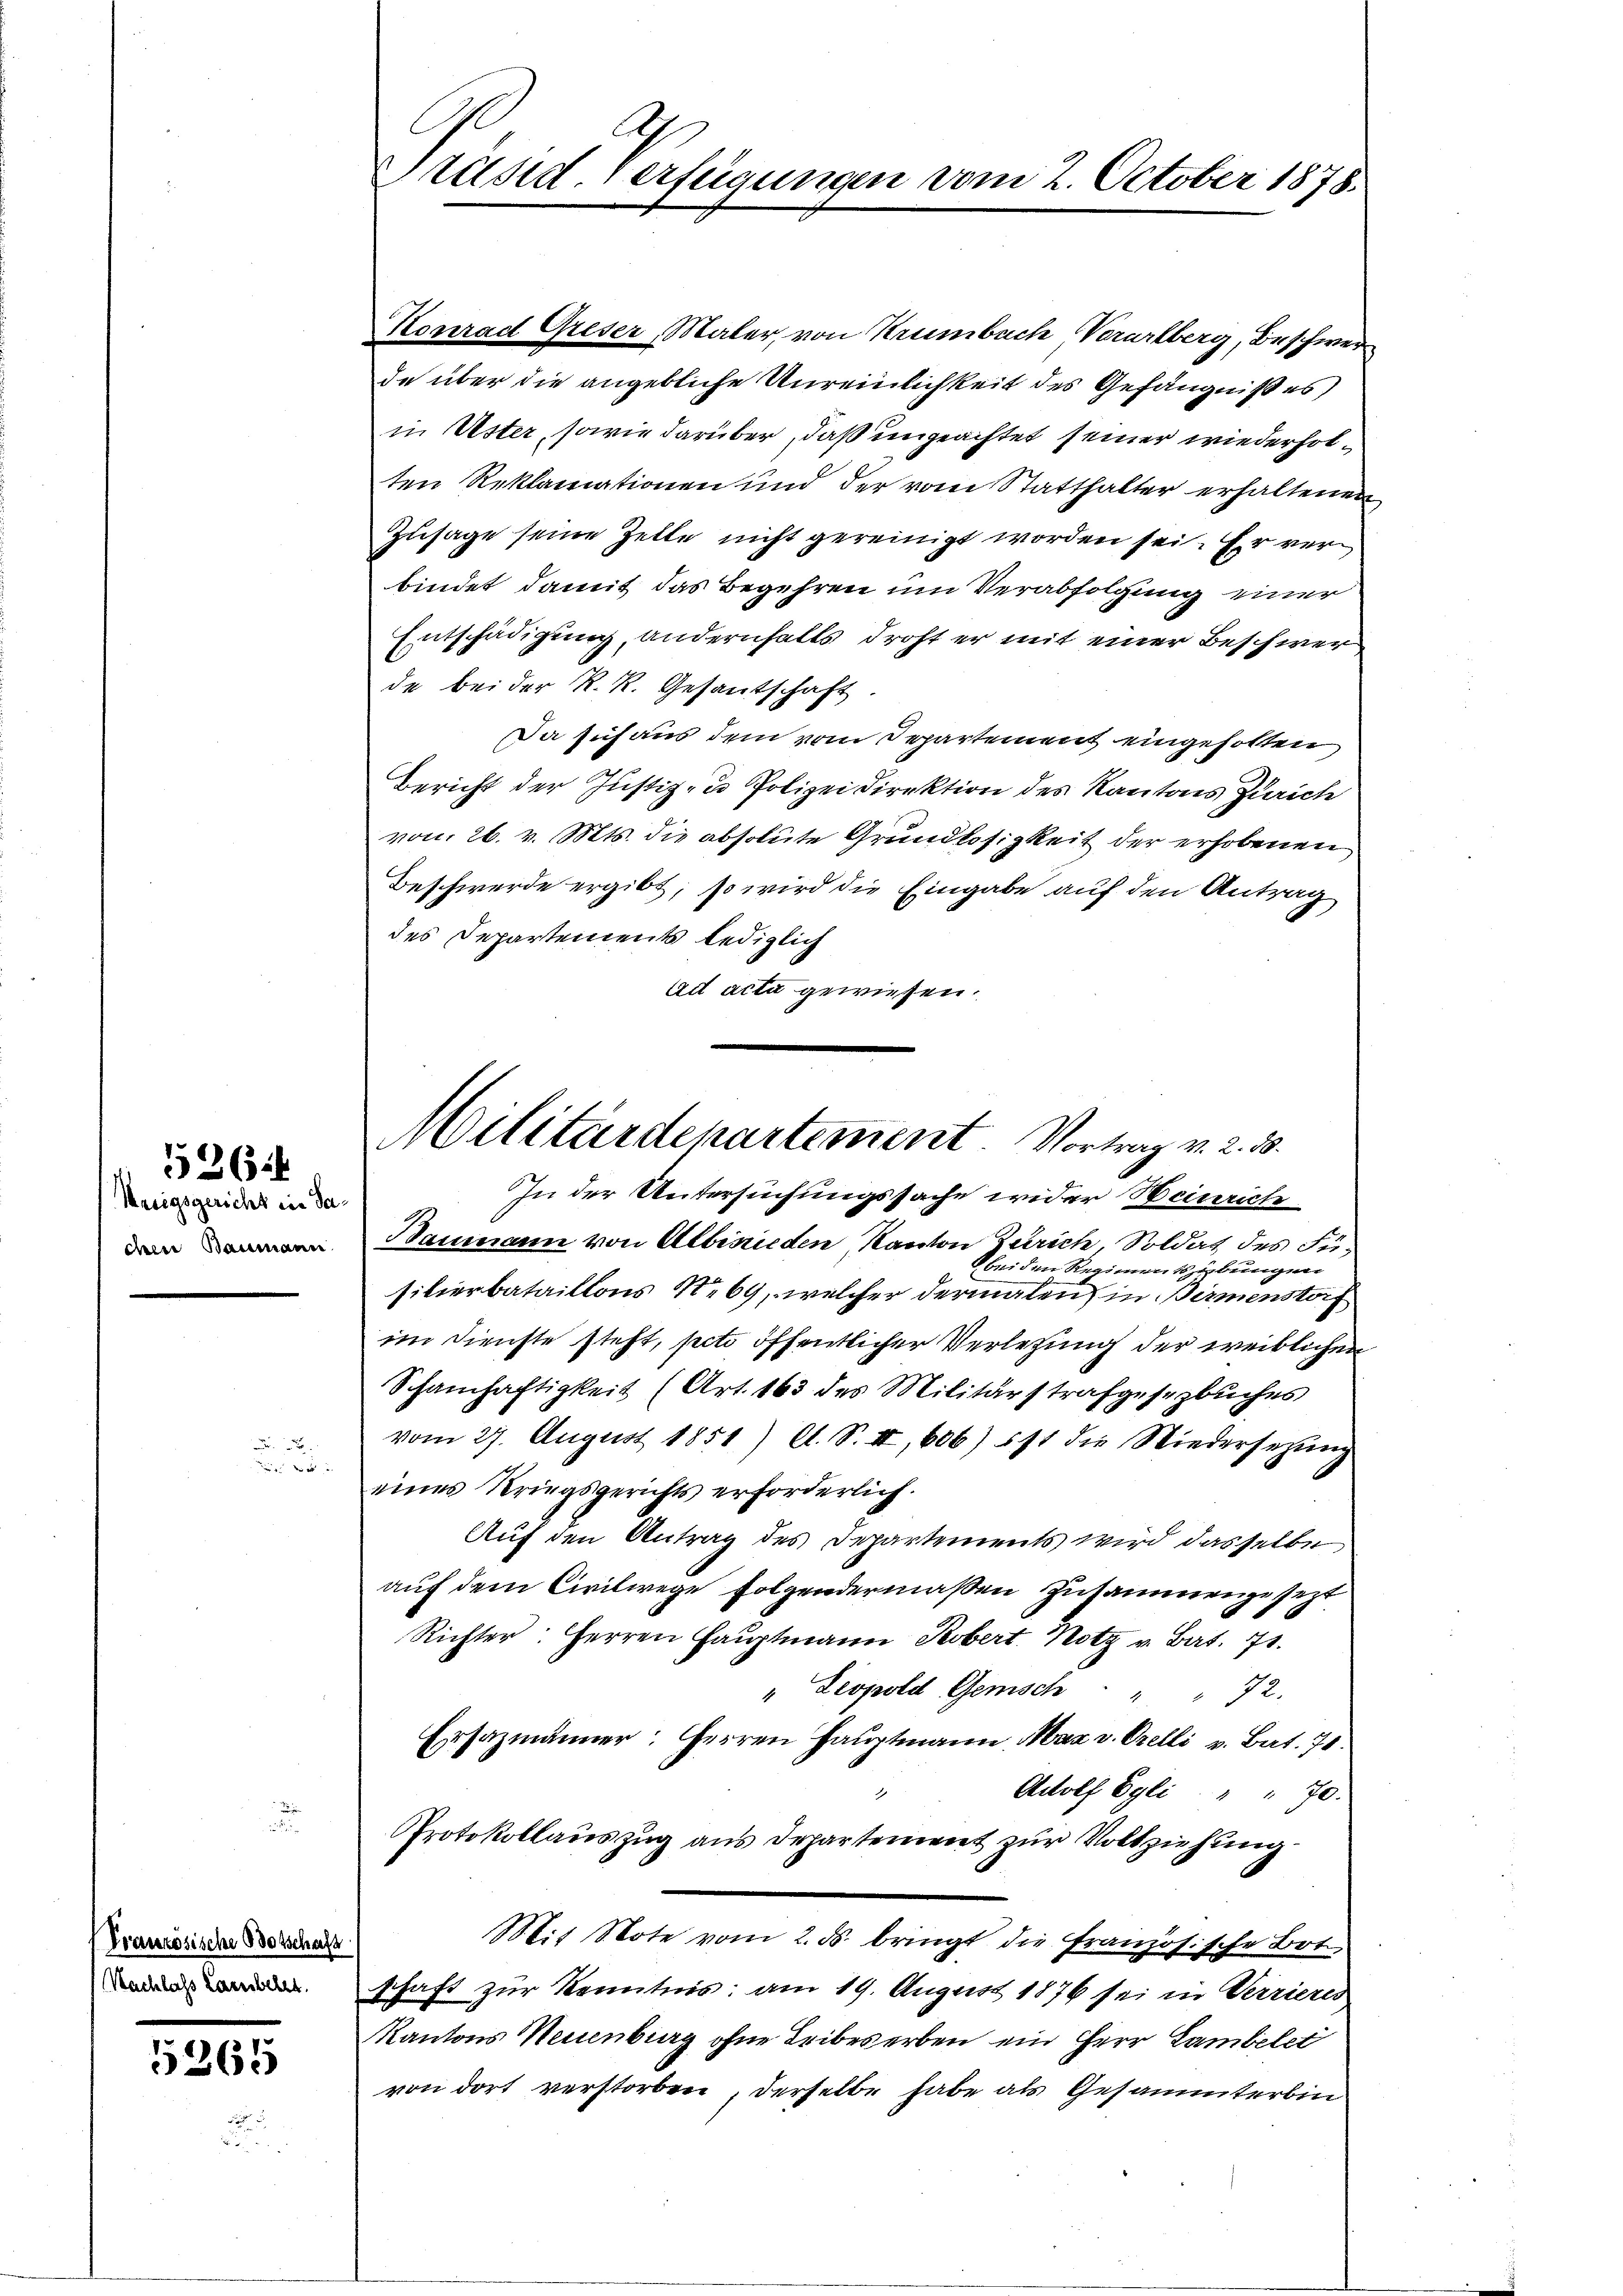
Meigsgericht in dadem Baumann

526

Pranzösische Botschaft
Nachlass Lausbelet.

5265

A
Präsid. Verfügungen vom 2. October 1878.

Konrad Greser, Maler, von Krumbuch Vorarlberg, Beschwer
de über die angebliche Unreinlichkeit des Gefängniß es
in Uster, sowie darüber, daß ungeachtet seiner wiederholten Reklamationen und der vom Statthalter erhaltenen
Zusage seine Zeile nicht gereinigt worden sei. Er ver
bindet damit das Begehren um Verabfolgung einer
Entschädigung, andernfalls droht er mit einer Beschwer
de bei der R. R. Gesantschaft
Da sich aus dem vom Departement eingeholten
Bericht der Justiz- u Polizei Direktion des Kantons Zürich
von 26. v. Mts. die absolute Grundlosigkeit der erhobenen
Beschwerde ergibt, so wird die Eingabe auf den Antrag
des Departements lediglich
ad acta gewiesen.
In der Untersuchungssache wider Heinrich
Baumann von Albinieden Kanton Zürich Soldat des Fübei den Regimentsübungen
silierbataillons No 69, welcher dermalen in Birmenstorf
im Dienste steht, peto öffentlicher Verletzung der weiblichen
Schamhaftigkeit (Art. 163 des Militärstrafgesezbuches
vom 27. August 1851) Al. S. I, 606) ist die Niedersetzŭng
eines Kriegsgerichts erforderlich.
Auf den Antrag des Departements wird dasselbe
auf dem Civilwege folgendermaßen Zusammengesezt
Richter: Herren Haŭptmann Kobert. Notz v. Bat. 78.
" Leopold Gemisch " " 72.
Ersazmänner: Herren Hauptmann, Max v. Orelli v. Bat. 71.
Adolf Egli " " 70.
Protokollauszug aus Departement zur Vollziehung
Mit Note vom 2. ds. bringt die Französische Bot
schaft zur Kenntnis: am 19. August 1876 sei in Verrieres
Kantons Neuenburg ohne Tribewerben ein Herr Lambelet
von dort verstorben, derselbe habe als Gesammterbin

Militärdepartement. Vortrag v. 2. 58.